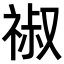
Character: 𥚔